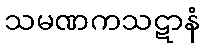
သမဏကသဋာနံ